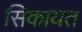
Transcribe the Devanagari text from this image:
सिकायत